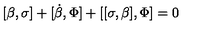
[ \beta , \sigma ] + [ \dot { \beta } , \Phi ] + [ [ \sigma , \beta ] , \Phi ] = 0